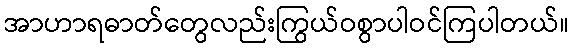
အာဟာရဓာတ်တွေလည်းကြွယ်ဝစွာပါဝင်ကြပါတယ်။